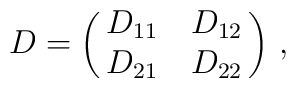
D = \left(  \matrix {D_{11} & D_{12} \cr                        D_{21} & D_{22} \cr} \right) \, ,